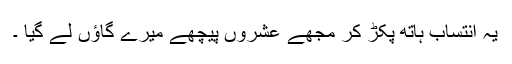
یہ انتساب ہاتھ پکڑ کر مجھے عشروں پیچھے میرے گاؤں لے گیا ۔